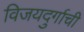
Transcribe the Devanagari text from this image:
विजयदुर्गाची